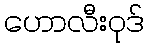
ဟောလီးဝုဒ်